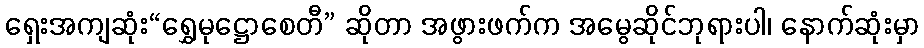
ရှေးအကျဆုံး“ရွှေမုဋ္ဌောစေတီ” ဆိုတာ အဖွားဖက်က အမွေဆိုင်ဘုရားပါ၊ နောက်ဆုံးမှာ